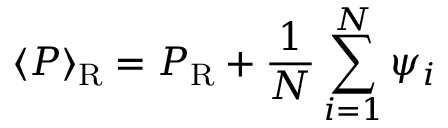
\langle P \rangle { _ { \mathrm R } } = P _ { \mathrm R } + { \frac { 1 } { N } } \sum _ { i = 1 } ^ { N } \psi _ { i }